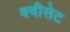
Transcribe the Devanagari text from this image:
क्वीसेट